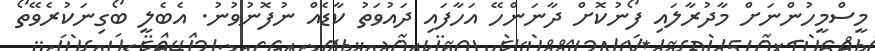
މީސްމީހުންނަށް މާދުރާލައި ފޯނުކޮށް ދާނަންހޭ އަހާފައި ދައުވަތު ކާޑެއް ނުފޮނުވުނު. އެބެލީ ބޯގިނަކުރެވޭތޯ